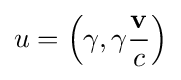
u=\left(\gamma ,\gamma {\mathbf {v}  \over c}\right)